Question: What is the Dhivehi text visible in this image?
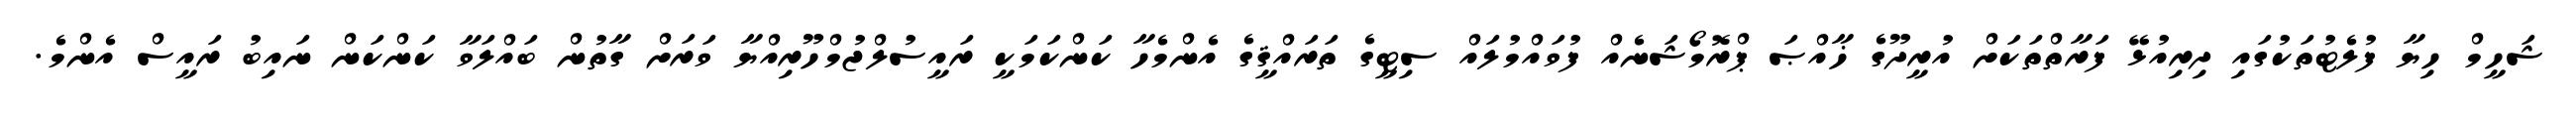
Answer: ޝަހީމް ހިޔާ ފުލެޓުތަކުގައި ދިރިއުޅޭ ފަރާތްތަކަށް އުރީދޫގެ ޚާއްޞަ ޕްރޮމޯޝަނެއް ފުވައްމުލައް ސިޓީގެ ތަރައްޤީގެ އެންމެހާ ކަންކަމަކީ ރައީސުލްޖުމްހޫރިއްޔާ ވަރަށް ގާތުން ބައްލަވާ ކަންކަން ނައިބު ރައީސް އެންމެ.